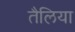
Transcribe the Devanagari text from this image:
तैलिया